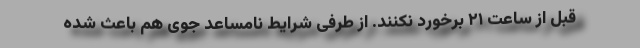
قبل از ساعت ۲۱ برخورد نکنند. از طرفی شرایط نامساعد جوی هم باعث شده